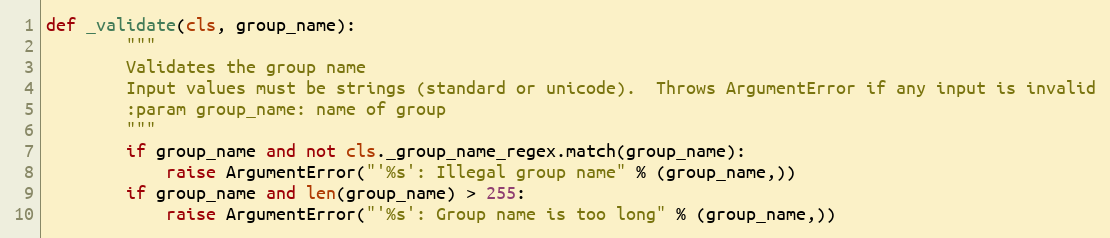
Language: Python
def _validate(cls, group_name):
        """
        Validates the group name
        Input values must be strings (standard or unicode).  Throws ArgumentError if any input is invalid
        :param group_name: name of group
        """
        if group_name and not cls._group_name_regex.match(group_name):
            raise ArgumentError("'%s': Illegal group name" % (group_name,))
        if group_name and len(group_name) > 255:
            raise ArgumentError("'%s': Group name is too long" % (group_name,))